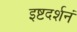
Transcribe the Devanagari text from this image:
इष्टदर्शनं